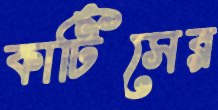
কার্টিসের